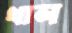
থাল